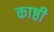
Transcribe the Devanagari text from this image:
काष्ठी